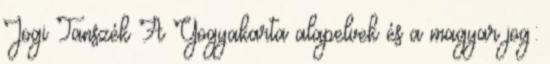
Jogi Tanszék A Yogyakarta alapelvek és a magyar jog: